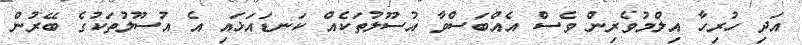
އަދި ހުރިހާ އިލްމުވެރިން ވެސް އެއްބަސްވާ އުސޫލުތަކެއް ކަނޑައަޅައި އެ އުސޫލުތަކުގެ ބޭރުން